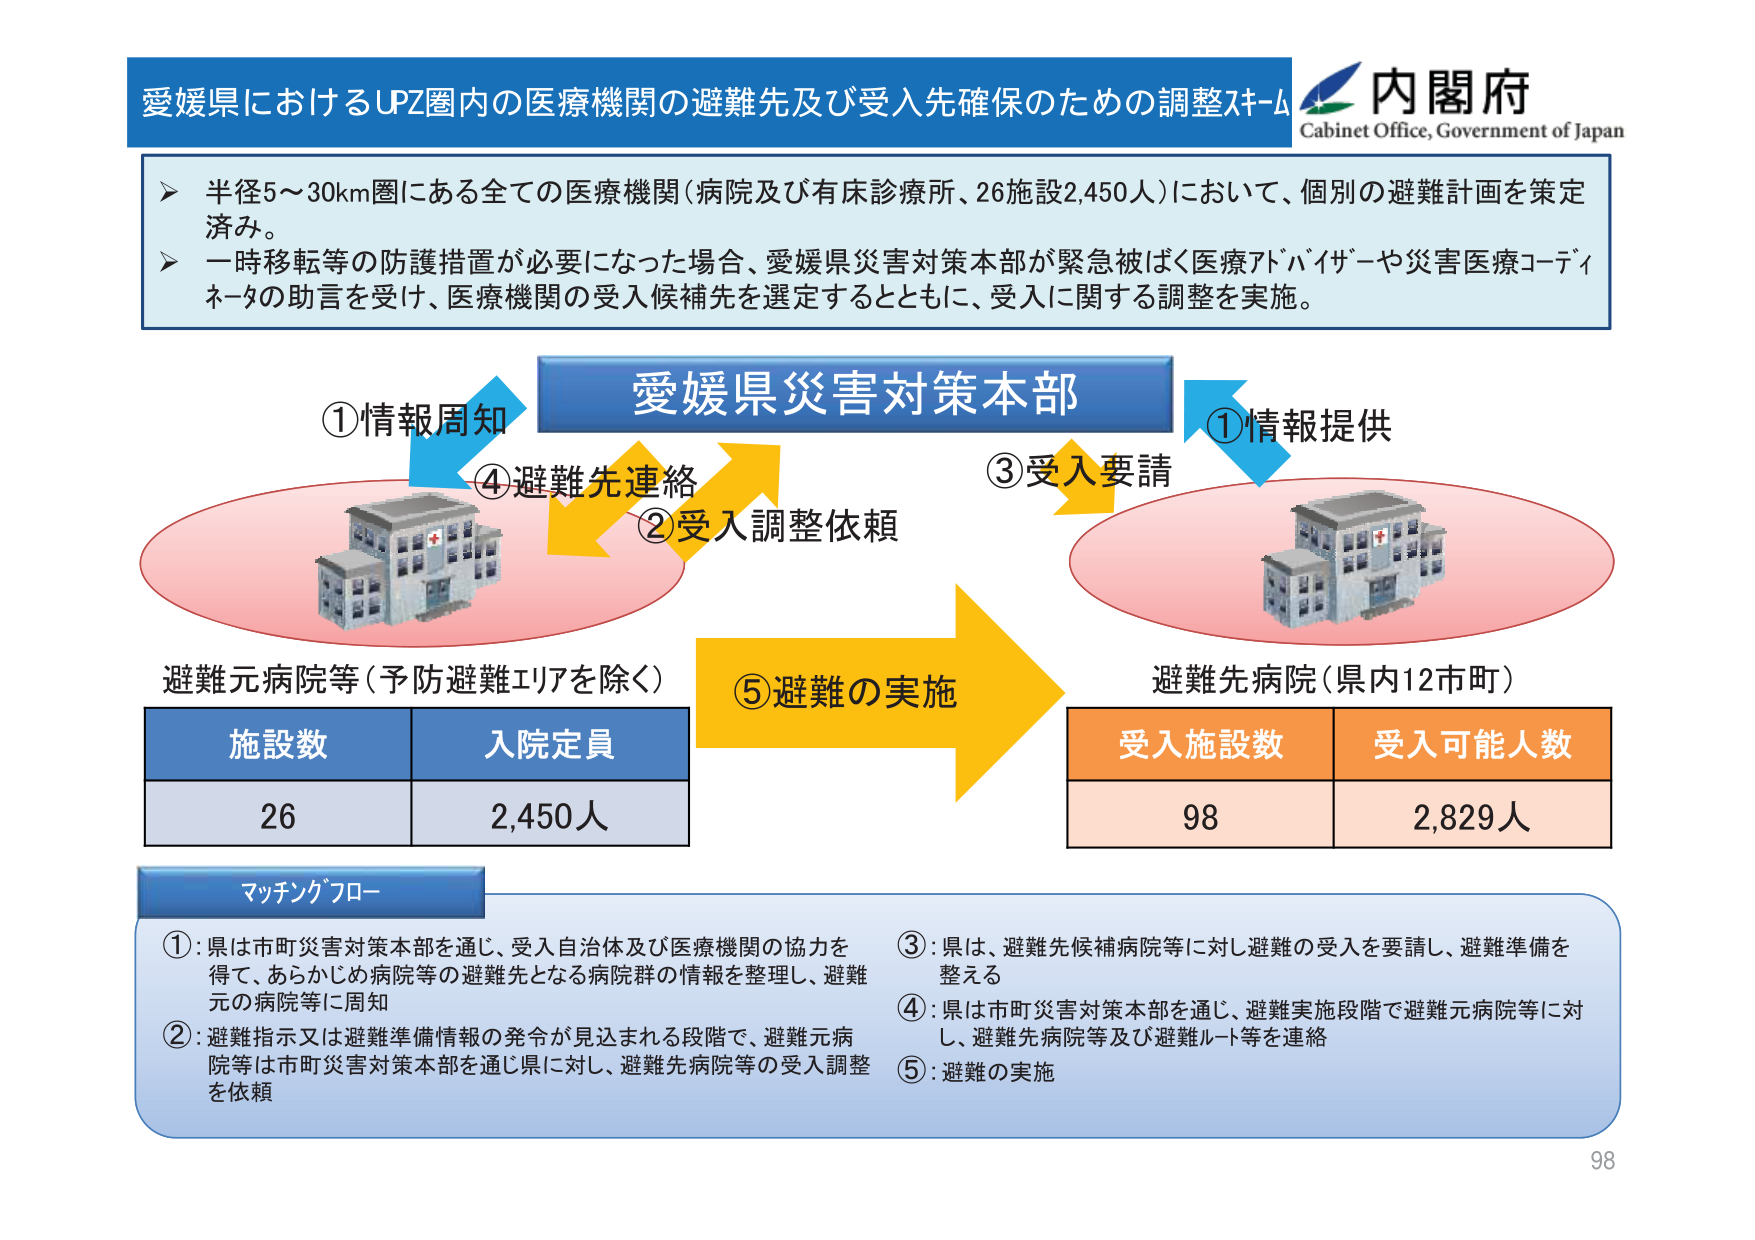
愛媛県におけるUPZ圏内の医療機関の避難先及び受入先確保のための調整スキーム

内閣府
Cabinet Office, Government of Japan

▶ 半径5～30km圏にある全ての医療機関（病院及び有床診療所、26施設2,450人）において、個別の避難計画を策定済み。
▶ 一時移転等の防護措置が必要になった場合、愛媛県災害対策本部が緊急被ばく医療アドバイザーや災害医療コーディネータの助言を受け、医療機関の受入候補先を選定するとともに、受入に関する調整を実施。

愛媛県災害対策本部

①情報周知
②受入調整依頼
③受入要請
④避難先連絡
⑤避難の実施

避難元病院等（予防避難エリアを除く）
施設数　入院定員
26　2,450人

避難先病院（県内12市町）
受入施設数　受入可能人数
98　2,829人

マッチングフロー

①：県は市町災害対策本部を通じ、受入自治体及び医療機関の協力を得て、あらかじめ病院等の避難先となる病院群の情報を整理し、避難元の病院等に周知

②：避難指示又は避難準備情報の発令が見込まれる段階で、避難元病院等は市町災害対策本部を通じ県に対し、避難先病院等の受入調整を依頼

③：県は、避難先候補病院等に対し避難の受入を要請し、避難準備を整える

④：県は市町災害対策本部を通じ、避難実施段階で避難元病院等に対し、避難先病院等及び避難ルート等を連絡

⑤：避難の実施

98